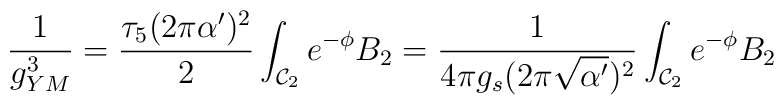
\frac{1}{g_{YM}^{3}} =  \frac{\tau_5 (2 \pi \alpha')^2}{2}\int_{{\cal{C}}_2} {e}^{- \phi} B_2 = \frac{1}{4 \pi g_s (2 \pi\sqrt{\alpha'})^2} \int_{{\cal{C}}_2} {e}^{- \phi} B_2